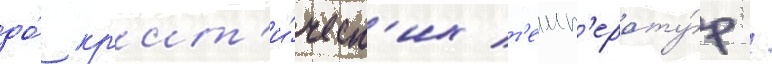
до́ кр'ит'и́ческ'их т'емп'ерату́р /